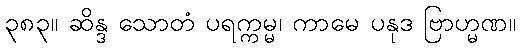
၃၈၃။ ဆိန္ဒ သောတံ ပရက္ကမ္မ၊ ကာမေ ပနုဒ ဗြာဟ္မဏ။